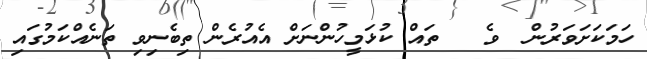
ހަމަކަށަވަރުން  ވެ   ތައް ކުޅަމީހުންނަށް އެއުރެން ތިބެނިވި ތަނެއްކަމުގައި